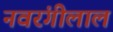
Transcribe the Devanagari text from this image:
नवरंगीलाल